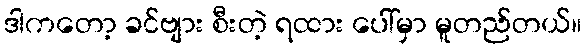
ဒါကတော့ ခင်ဗျား စီးတဲ့ ရထား ပေါ်မှာ မူတည်တယ်။